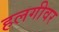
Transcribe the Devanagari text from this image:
हलगीवर